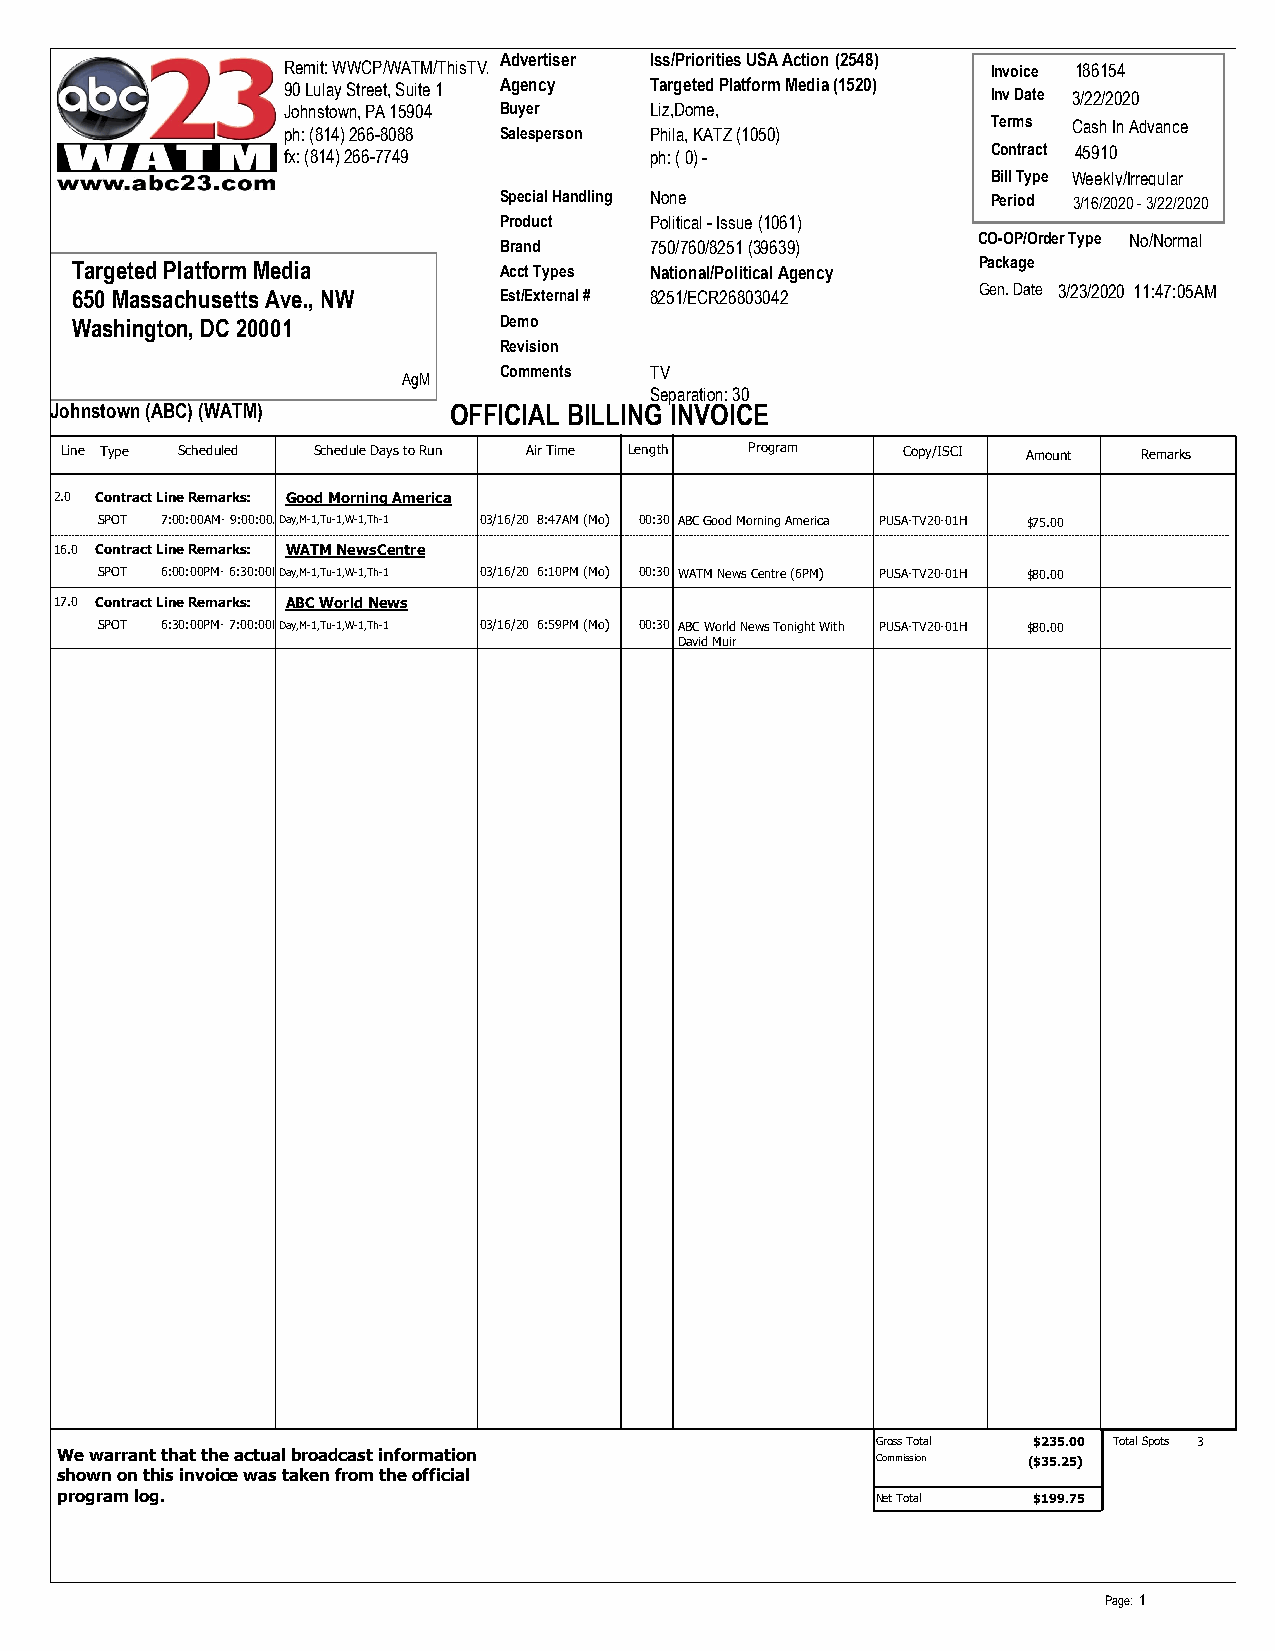
Advertiser Iss/Priorities USA Action (2548)
 Remit: WWCP/WATM/ThisTV/                       Invoice 186154
 90 Lulay Street, Suite 1 Agency Targeted Platform Media (1520) Inv Date 3/22/2020
 Johnstown, PA 15904 Buyer Liz,Dome,
 Terms Cash In Advance
 ph: (814) 266-8088 Salesperson Phila, KATZ (1050)
 fx: (814) 266-7749      ph: ( 0) -             Contract 45910
 Bill Type Weekly/Irregular
 Special Handling None            Period 3/16/2020 - 3/22/2020
 Product   Political - Issue (1061)
 CO-OP/Order Type No/Normal
 Brand     750/760/8251 (39639)
 Targeted Platform Media     Acct Types National/Political Agency Package
 650 Massachusetts Ave., NW  Est/External # 8251/ECR26803042 Gen. Date 3/23/2020 11:47:05AM
 Washington, DC 20001        Demo
 Revision
 Comments  TV
 AgM
 Separation: 30
 Johnstown (ABC) (WATM)     OFFICIAL BILLING INVOICE
 Line Type Scheduled Schedule Days to Run Air Time Length Program Copy/ISCI Amount Remarks
 2.0 Contract Line Remarks: Good Morning America
 SPOT 7:00:00AM- 9:00:00ADMay,M-1,Tu-1,W-1,Th-1 03/16/20 8:47AM (Mo) 00:30 ABC Good Morning America PUSA-TV20-01H $75.00
 16.0 Contract Line Remarks: WATM NewsCentre
 SPOT 6:00:00PM- 6:30:00PDMay,M-1,Tu-1,W-1,Th-1 03/16/20 6:10PM (Mo) 00:30 WATM News Centre (6PM) PUSA-TV20-01H $80.00
 17.0 Contract Line Remarks: ABC World News
 SPOT 6:30:00PM- 7:00:00PDMay,M-1,Tu-1,W-1,Th-1 03/16/20 6:59PM (Mo) 00:30 ABC World News Tonight With PUSA-TV20-01H $80.00
 David Muir
 Gross Total $235.00 Total Spots 3
 We warrant that the actual broadcast information      Commission ($$3355..2255)
 shown on this invoice was taken from the official
 program log.                                          Net Total $199.75
 Page: 1